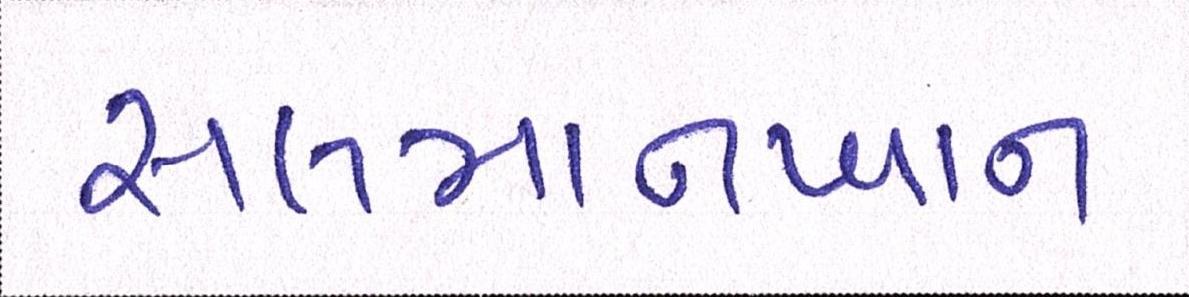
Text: સલમાનખાન